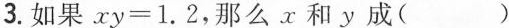
3.如果$$x y = 1 . 2$$，那么x和y成( )